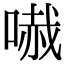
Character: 𠻏